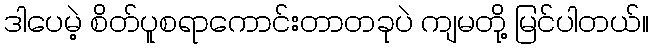
ဒါပေမဲ့ စိတ်ပူစရာကောင်းတာတခုပဲ ကျမတို့ မြင်ပါတယ်။